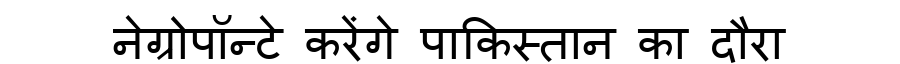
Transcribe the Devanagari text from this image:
नेग्रोपॉन्टे करेंगे पाकिस्तान का दौरा